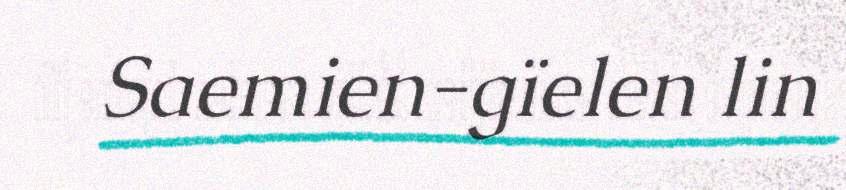
Saemien-gïelen lin